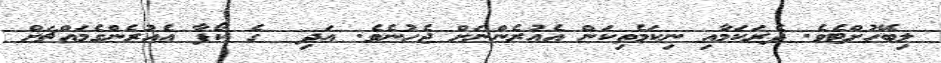
ލިބޭހުށްޓެވެ. ދެރަކަމާއި ނިކަމެތިކަން އެއުރެންނަށް ޖެހުނެވެ. އަދި  ގެ ކޯފާ އެއުރެންގެމައްޗަށް